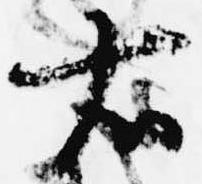
右